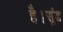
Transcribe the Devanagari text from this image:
है।सूंड